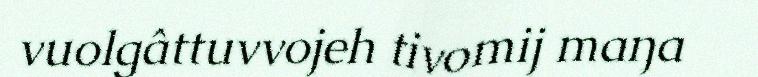
vuolgâttuvvojeh tivomij maŋa